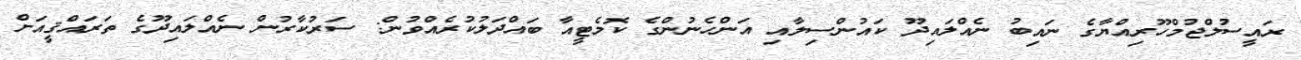
ރައީސުލްޖުމްހޫރިއްޔާގެ ނައިބު ނެއްލައިދޫ ކައުންސިލާއި އަންހެނުންގެ ކޮމެޓީއާ ބައްދަލުކުރެއްވުން: ސަރުކާރުން ނެއްލައިދޫގެ ތަރައްޤީއަށް